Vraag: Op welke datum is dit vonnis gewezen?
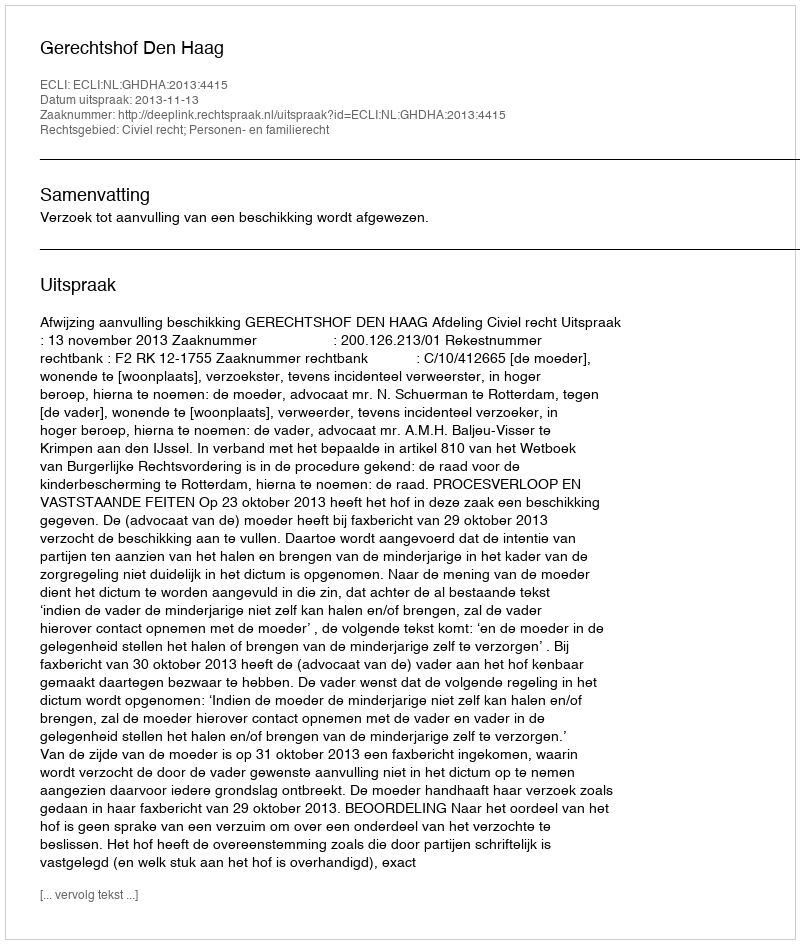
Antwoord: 2013-11-13